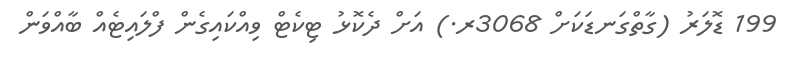
199 ޑޮލަރު (ގާތްގަނޑަކަށް 3068ރ.) އަށް ދެކޮޅު ޓިކެޓް ވިއްކައިގެން ފްލައިޓެއް ބާއްވަން